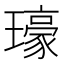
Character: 𤪗